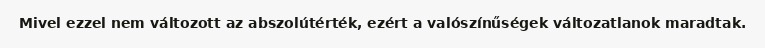
Mivel ezzel nem változott az abszolútérték, ezért a valószínűségek változatlanok maradtak.